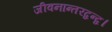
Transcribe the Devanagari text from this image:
जीवनान्तरद्वन्द्व।